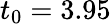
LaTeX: t_{0}=3.95